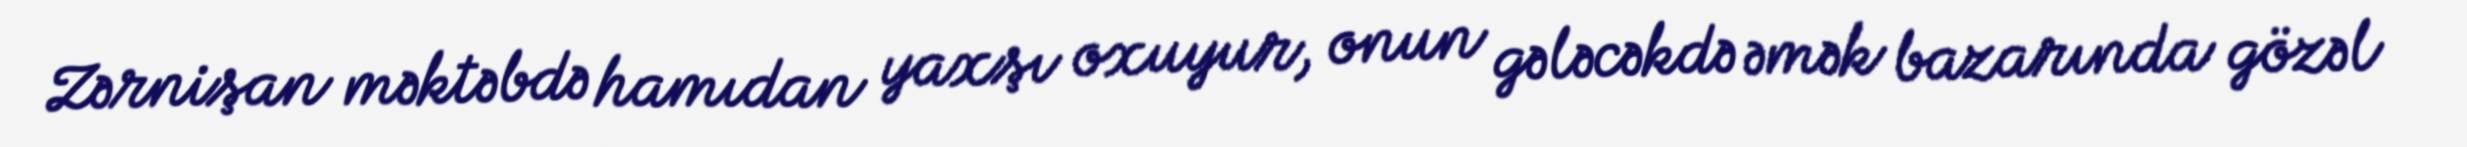
Zərnişan məktəbdə hamıdan yaxşı oxuyur, onun gələcəkdə əmək bazarında gözəl